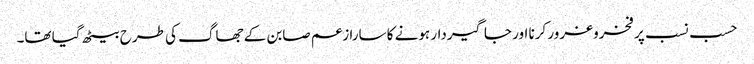
حسب نسب پر فخروغرور کرنا اور جاگیردار ہونے کا سارا زعم صابن کے جھاگ کی طرح بیٹھ گیا تھا۔